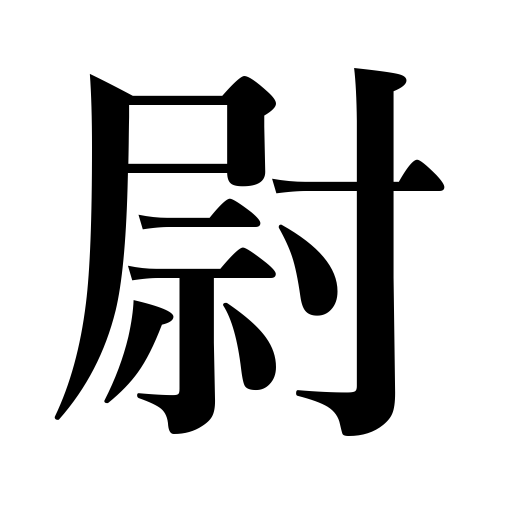
Meanings: jailer,old man,company officer,rank